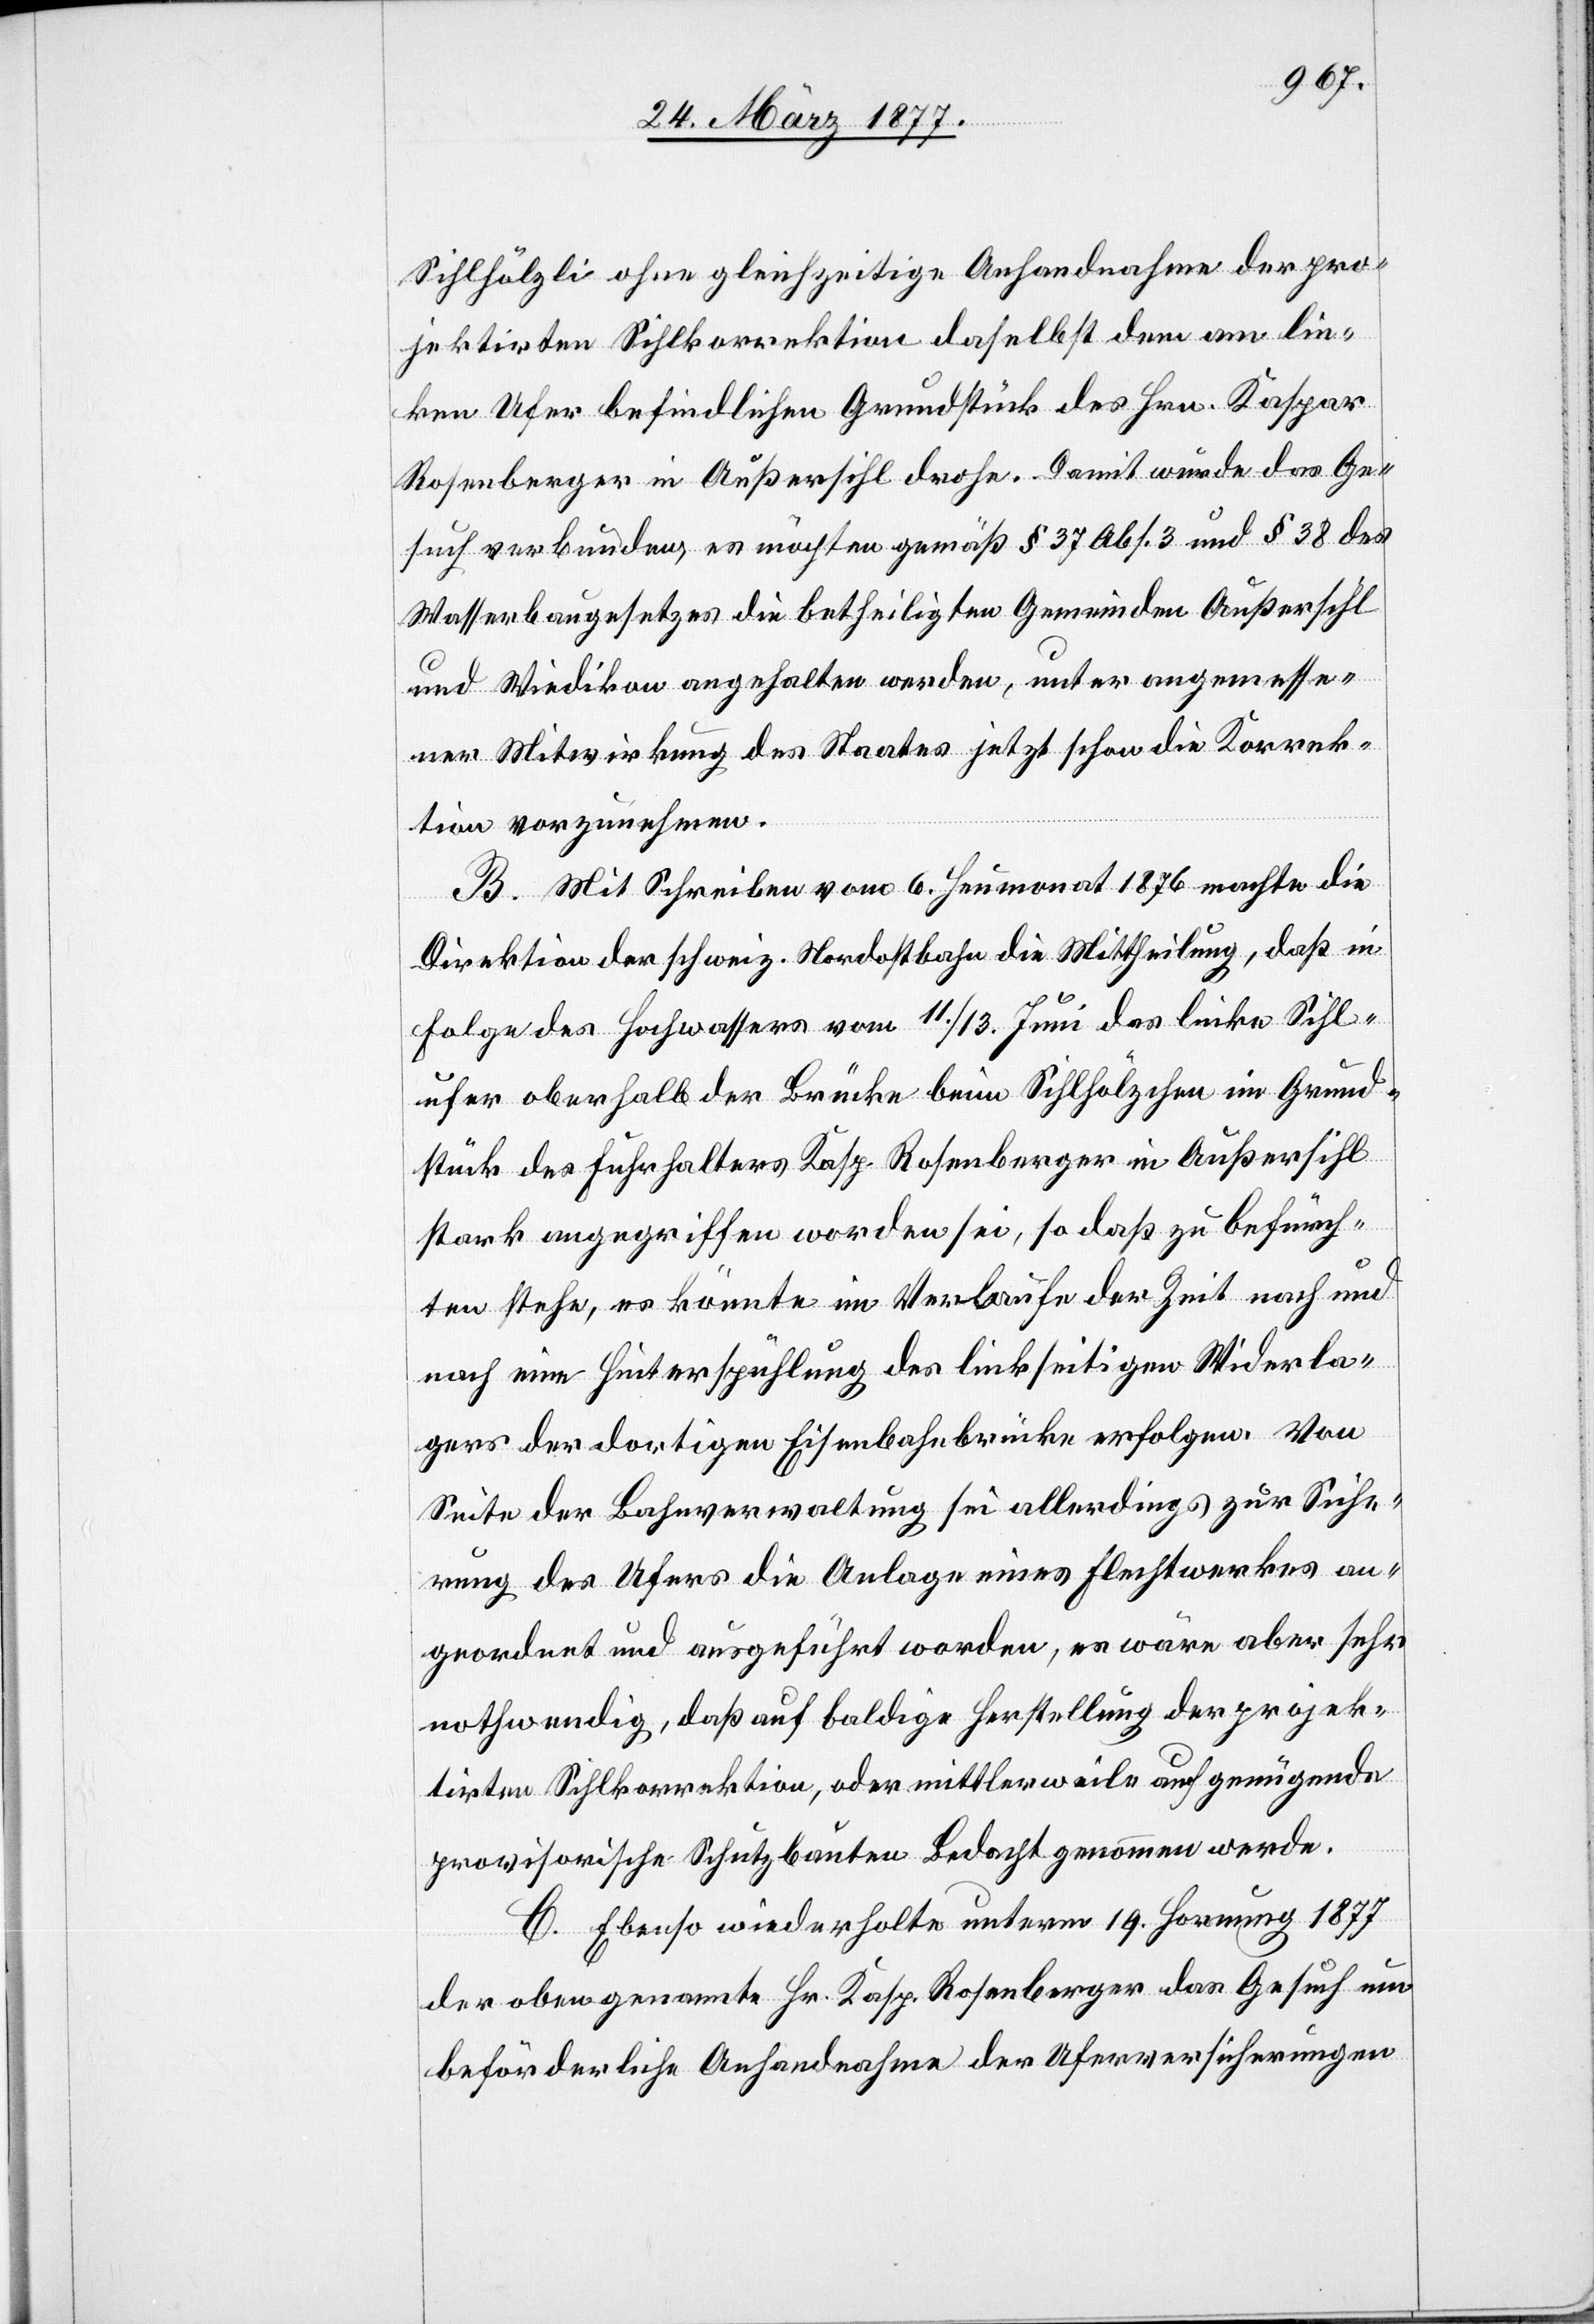
Sihlhölzli ohne gleichzeitige Anhandnahme der pro¬
jektirten Sihlkorrektion daselbst dem am lin¬
ken Ufer befindlichen Grundstück des Hrn. Kaspar
Rosenberger in Außersihl drohe. Damit wurde das Ge¬
such verbunden, es möchten gemäß § 37 Abs. 3 und § 38 des
Wasserbaugesetzes die betheiligten Gemeinden Außersihl
und Wiedikon angehalten werden, unter angemesse¬
ner Mitwirkung des Staates jetzt schon die Korrek¬
tion vorzunehmen.
B. Mit Schreiben vom 6. Heumonat 1876 machte die
Direktion der schweiz. Nordostbahn die Mittheilung, daß in
Folge des Hochwassers vom 11./13. Juni das linke Sihl¬
ufer oberhalb der Brücke beim Sihlhölzchen im Grund¬
stück des Fuhrhalters Kasp. Rosenberger in Außersihl
stark angegriffen worden sei, so daß zu befürch¬
ten stehe, es könnte im Verlaufe der Zeit nach und
nach eine Hinterspühlung des linkseitigen Widerla¬
gers der dortigen Eisenbahnbrücke erfolgen. Von
Seite der Bahnverwaltung sei allerdings zur Siche¬
rung des Ufers die Anlage eines Flechtwerkes an¬
geordnet und ausgeführt worden, es wäre aber sehr
nothwendig, daß auf baldige Herstellung der projek¬
tirten Sihlkorrektion, oder mittlerweile auf genügende
provisorische Schutzbauten Bedacht genommen werde.
C. Ebenso wiederholte unterm 19. Hornung 1877
der oben genannte Hr. Kasp. Rosenberger das Gesuch um
beförderliche Anhandnahme der Uferversicherungen